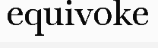
equivoke